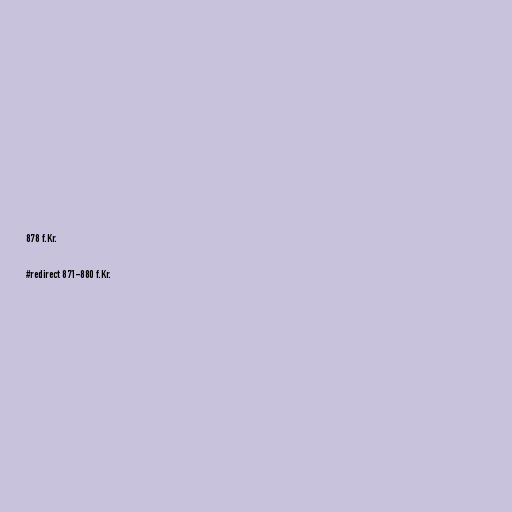
878 f.Kr.

#redirect 871-880 f.Kr.